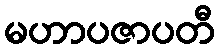
မဟာပဇာပတီ